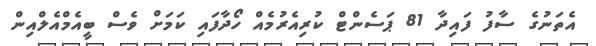
އެތަނުގެ ސާފު ފައިދާ 81 ޕަސެންޓް ކުރިއެރުމެއް ހޯދާފައި ކަމަށް ވެސް ބީއެމްއެލްއިން